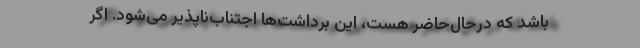
باشد كه در‌حال‌حاضر هست، این برداشت‌ها اجتناب‌ناپذیر می‌شود. اگر